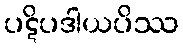
ပဋိပဒါယပိဿ